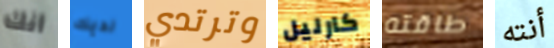
أنك لديك وترتدي كارليل طاقته أنته